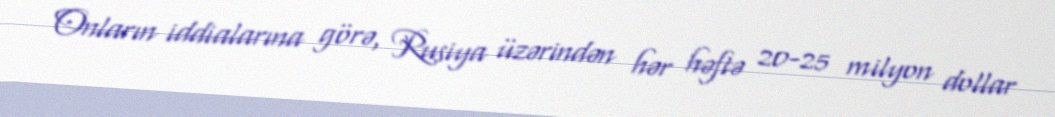
Onların iddialarına görə, Rusiya üzərindən hər həftə 20-25 milyon dollar